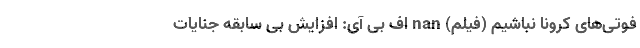
فوتی‌های کرونا نباشیم (فیلم) nan اف بی آی: افزایش بی سابقه جنایات